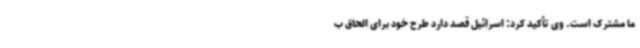
ما مشترک است. وی تأکید کرد: اسرائیل قصد دارد طرح خود برای الحاق ب